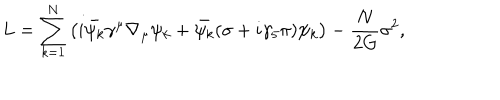
LaTeX: L = \sum _ { k = 1 } ^ { N } \left( i \bar { \psi _ { k } } \gamma ^ { \mu } \nabla _ { \mu } \psi _ { k } + \bar { \psi _ { k } } ( \sigma + i \gamma _ { 5 } \pi ) \psi _ { k } \right) - \frac { N } { 2 G } \sigma ^ { 2 } ,